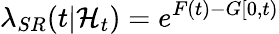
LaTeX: \lambda_{SR}(t|\mathcal{H}_{t})=e^{F(t)-G[0,t)}